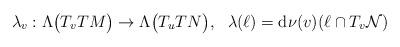
LaTeX: \begin{align*}\lambda_v : \Lambda\bigl(T_v TM\bigr) \rightarrow \Lambda\bigl(T_uTN\bigr) , ~~ \lambda(\ell)={\rm d}\nu(v)(\ell\cap T_v\mathcal{N})\end{align*}